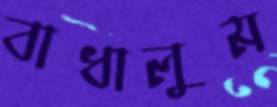
বাধালুম